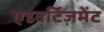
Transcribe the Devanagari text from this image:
एडवर्टिज़मेंट